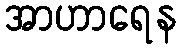
အာဟာရေန